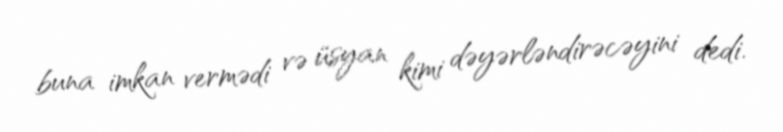
buna imkan vermədi və üsyan kimi dəyərləndirəcəyini dedi.